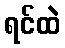
ရင်ထဲ